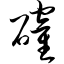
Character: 确